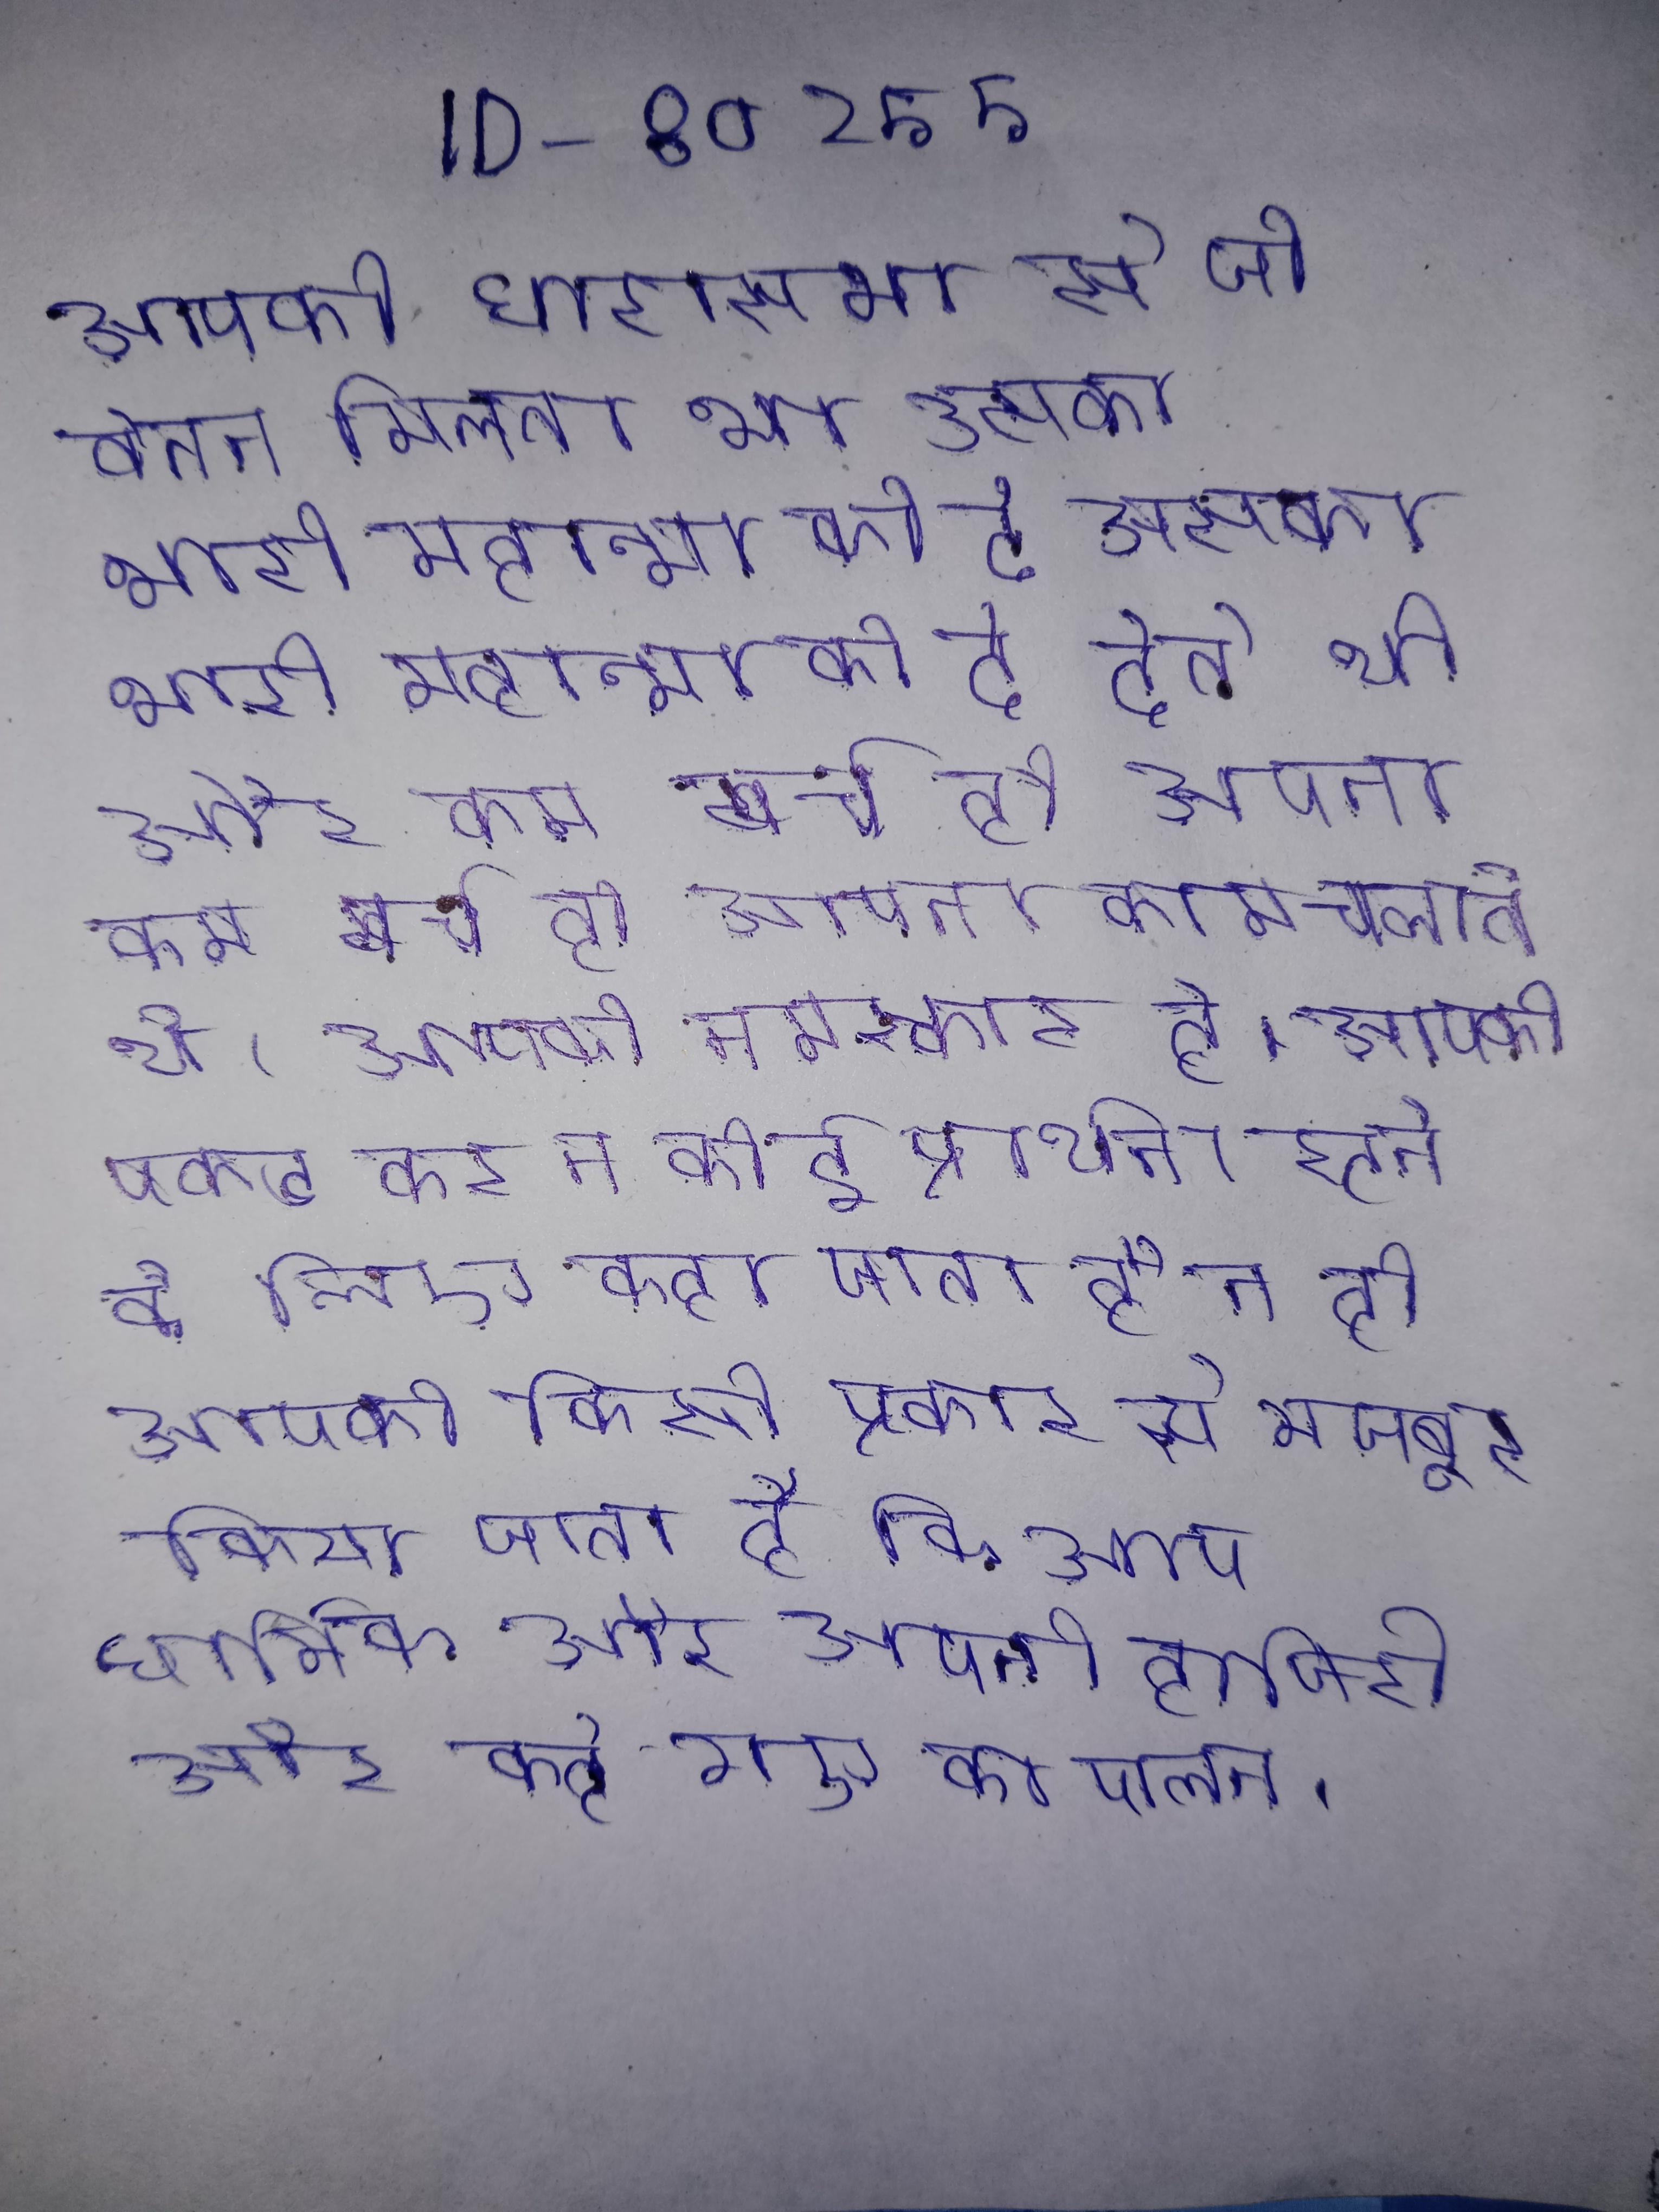
आपको धारासभा से जो वेतन मिलता था उसका भारी महात्मा को दे देते थे और कम खर्च ही अपना काम चलाते थे । आपको नमस्कार है । आपको पकड कर न कोई प्रार्थना रटने के लिए कहा जाता है न ही आपको किसी प्रकार से मजबूर किया जाता है कि आप धार्मिक और अपनी हाजिरी और कहे गए का पालन ।